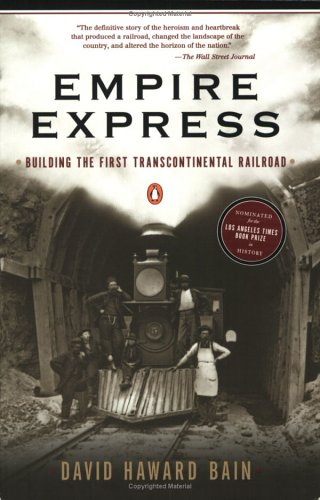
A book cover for Empire Express: Building the First Transcontinental Railroad; David Haward Bain; Engineering & Transportation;